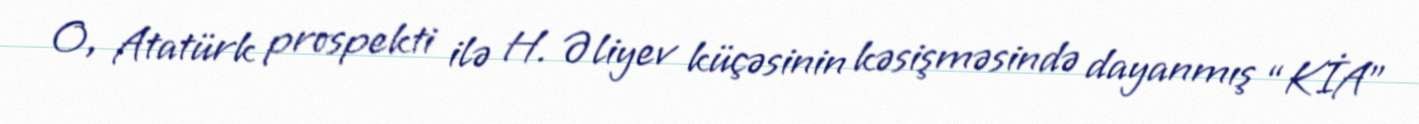
O, Atatürk prospekti ilə H. Əliyev küçəsinin kəsişməsində dayanmış “KİA”